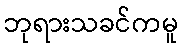
ဘုရားသခင်ကမူ